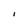
Character: I